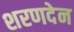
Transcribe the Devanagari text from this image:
शरणदेन